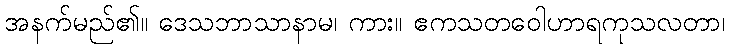
အနက်မည်၏။ ဒေသဘာသာနာမ၊ ကား။ ဧကသတဝေါဟာရကုသလတာ၊